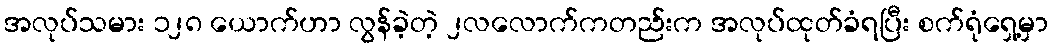
အလုပ်သမား ၁၂၈ ယောက်ဟာ လွန်ခဲ့တဲ့ ၂လလောက်ကတည်းက အလုပ်ထုတ်ခံရပြီး စက်ရုံရှေ့မှာ